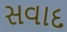
સવાદ